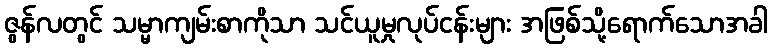
ဇွန်လတွင် သမ္မာကျမ်းစာကိုသာ သင်ယူမှုလုပ်ငန်းများ အဖြစ်သို့ရောက်သောအခါ